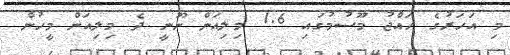
މި އަހަރުގެ ހައްޖު މޫސުމުގައި 1.6 މިލިއަން ނޫނީ ދެ މިލިއަން މީހުން